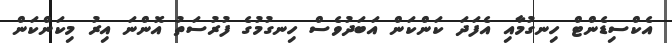
އެކްސިޑެންޓް ހިނގުމާއި އެފަދަ ކަންކަން އަބަދުވެސް ހިނގުމުގެ ފުރުސަތު އޮންނަ އިރު މިކަންކަން